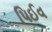
પિઈવ